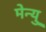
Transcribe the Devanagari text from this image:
मेन्‍यु